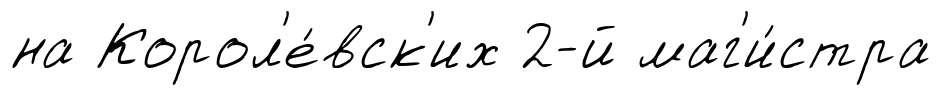
на Корол'е́вск'их 2-й маг'и́стра